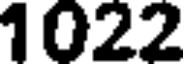
1022